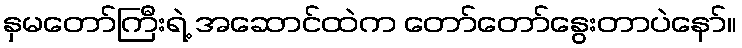
နှမတော်ကြီးရဲ့ အဆောင်ထဲက တော်တော်နွေးတာပဲနော်။